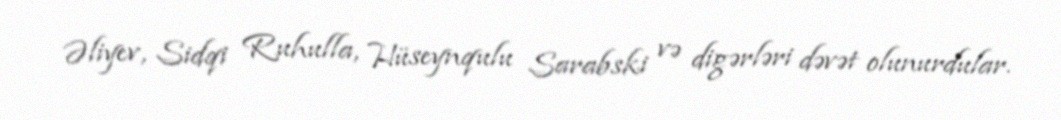
Əliyev, Sidqi Ruhulla, Hüseynqulu Sarabski və digərləri dəvət olunurdular.